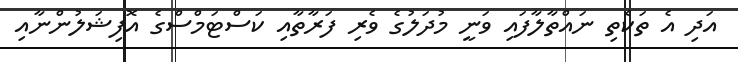
އަދި އެ ތަކެތި ނައްތާލާފައި ވަނީ މުދަލުގެ ވެރި ފަރާތާއި ކަސްޓަމްސްގެ އޮފިޝަލުންނާއި